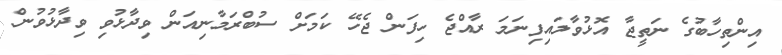
އިންތިހާބުގެ ނަތީޖާ އޮޅުވާލައިފިނަމަ ރާއްޖެ ހިފަން ޖެހޭ ކަމަށް ސުބްރަމާނިއަން ވިދާޅުވި ވިދާޅުވުން